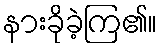
နားခိုခဲ့ကြ၏။